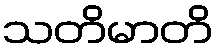
သတိမာတိ